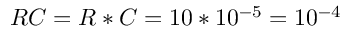
R C = R * C = 1 0 * 1 0 ^ { - 5 } = 1 0 ^ { - 4 }